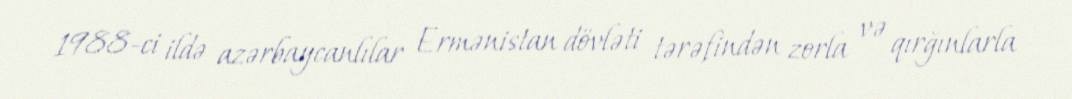
1988-ci ildə azərbaycanlılar Ermənistan dövləti tərəfindən zorla və qırğınlarla